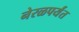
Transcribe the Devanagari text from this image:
नेरळपर्यंत